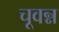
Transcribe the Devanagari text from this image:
चूवन्न